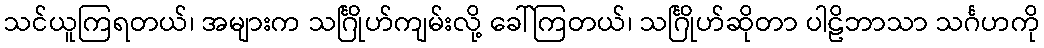
သင်ယူကြရတယ်၊ အများက သင်္ဂြိုဟ်ကျမ်းလို့ ခေါ်ကြတယ်၊ သင်္ဂြိုဟ်ဆိုတာ ပါဠိဘာသာ သင်္ဂဟကို